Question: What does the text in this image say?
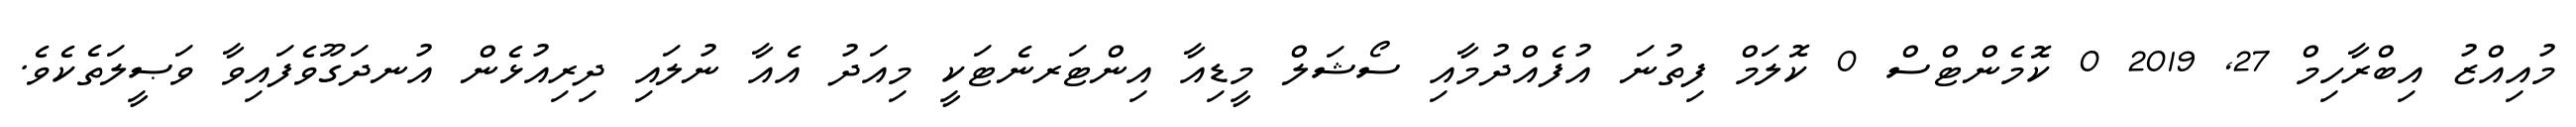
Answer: މުއިއްޒު އިބްރާހިމް 27, 2019 0 ކޮމެންޓްސް 0 ކޮލަމް ފިތުނަ އުފެއްދުމާއި ސޯޝަލް މީޑިއާ އިންޓަރނެޓަކީ މިއަދު އެއާ ނުލައި ދިރިއުޅެން އުނދަގޫވެފައިވާ ވަޞީލަތެކެވެ.